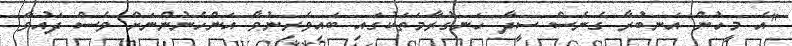
"އެ މީހުން އަނބުރާ ގެނެސް ސީދާ ހަނގުރާމަތަކުގައި ބައިވެރިނުވާ އަންހެނުންނަށް ވެސް ދައުވާ